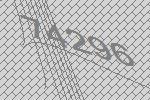
74296